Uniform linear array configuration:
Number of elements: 12
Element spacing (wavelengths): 0.75
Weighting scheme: hann
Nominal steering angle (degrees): -15
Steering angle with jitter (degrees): -13.19
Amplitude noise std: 0.05
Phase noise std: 0.05

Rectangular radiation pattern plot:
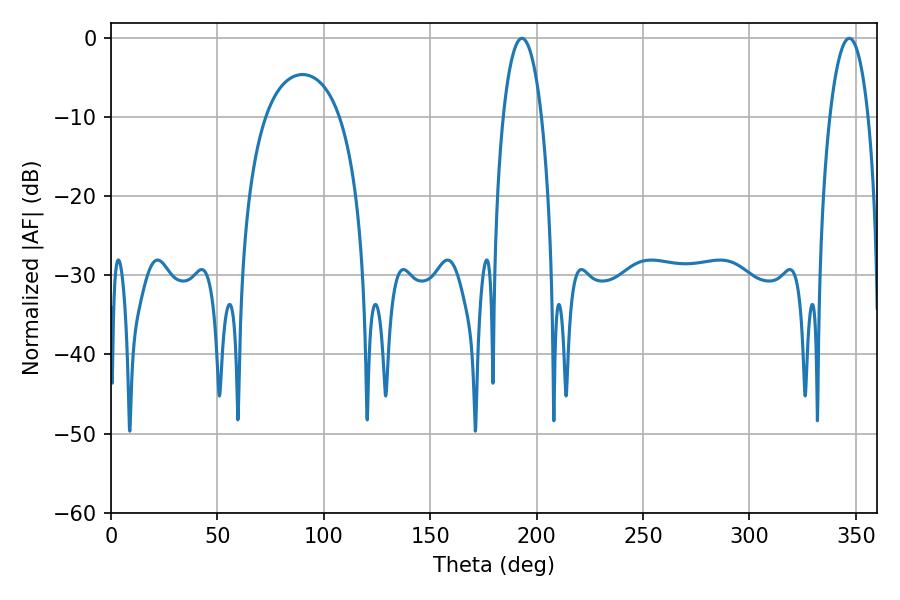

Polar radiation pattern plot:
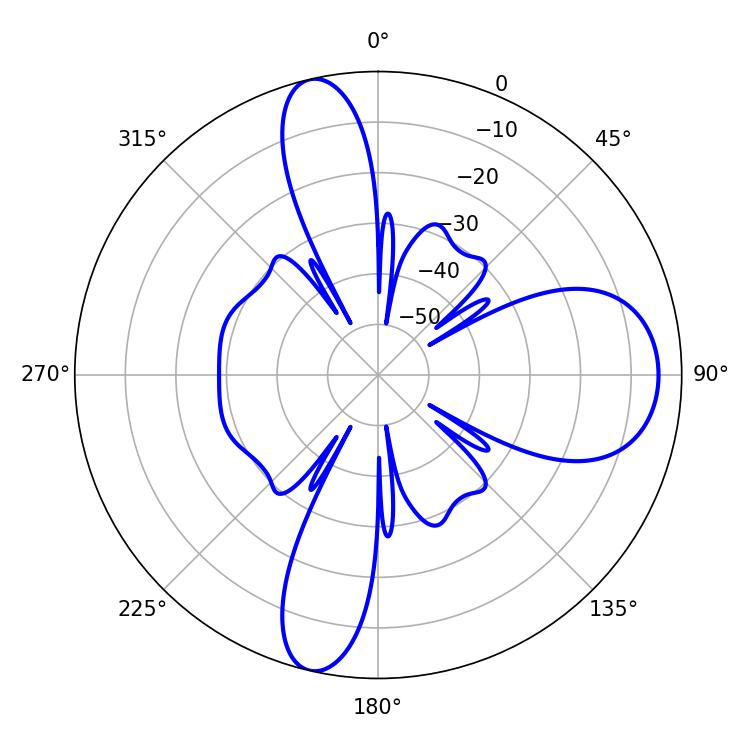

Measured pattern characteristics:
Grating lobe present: TRUE
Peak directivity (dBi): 14.144
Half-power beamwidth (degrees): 10.08
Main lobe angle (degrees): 193.14